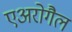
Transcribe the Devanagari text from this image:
एअरोगैल